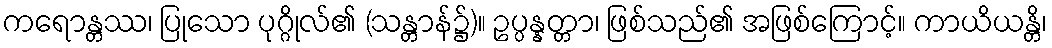
ကရောန္တဿ၊ ပြုသော ပုဂ္ဂိုလ်၏ (သန္တာန်၌)။ ဥပ္ပန္နတ္တာ၊ ဖြစ်သည်၏ အဖြစ်ကြောင့်။ ကာယိယန္တိ၊